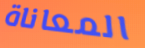
المعاناة